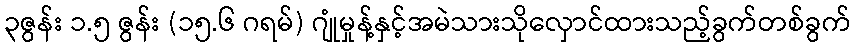
၃ဇွန်း ၁.၅ ဇွန်း (၁၅.၆ ဂရမ်) ဂျုံမှုန့်နှင့်အမဲသားသိုလှောင်ထားသည့်ခွက်တစ်ခွက်